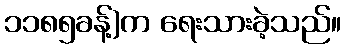
၁၁၈၅ခန့်)က ရေးသားခဲ့သည်။